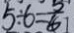
5 \div 6 = \frac { 5 } { 6 }